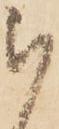
被